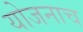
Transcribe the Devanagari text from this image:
योजनाच